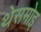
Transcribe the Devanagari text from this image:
थेसमोइ